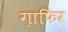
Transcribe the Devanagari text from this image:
ग़ाफिर